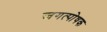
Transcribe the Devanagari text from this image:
जगत्पोषक